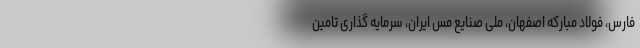
فارس، فولاد مبارکه اصفهان، ملی صنایع مس ایران، سرمایه گذاری تامین